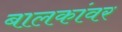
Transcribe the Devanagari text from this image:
बालकांवर